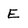
Character: E